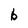
Character: b